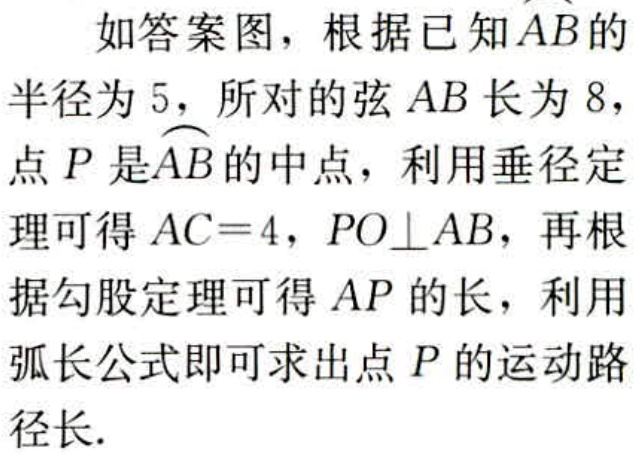
如答案图，根据已知\(\overset{\frown}{AB}\)的半径为\(5\)，所对的弦\(AB\)长为\(8\)，点\(P\)是\(\overset{\frown}{AB}\)的中点，利用垂径定理可得\(AC = 4\)，\(PO\perp AB\)，再根据勾股定理可得\(AP\)的长，利用弧长公式即可求出点\(P\)的运动路径长.